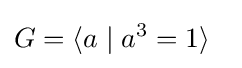
G=\langle a\mid a^{3}=1\rangle \ \